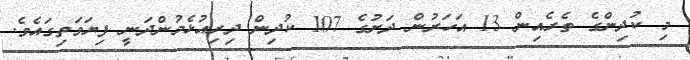
މި ކުދިންގެ ތެރެއިން 13 އަހަރުން ދަށުގެ 107 ކުދިން ދިރިއުޅެމުންދަނީ ފިޔަވަތިގައެވެ.